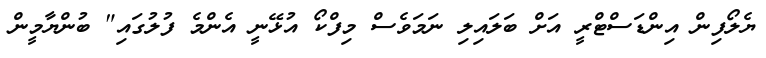
ޔެލޯފިން އިންޑަސްޓްރީ އަށް ބަލައިލި ނަމަވެސް މިފްކޯ އުޅޭނީ އެންމެ ފުލުގައި" ބުންޔާމީން